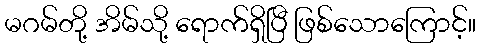
မဂမ်တို့ အိမ်သို့ ရောက်ရှိပြီ ဖြစ်သောကြောင့်။